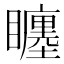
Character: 𥌬